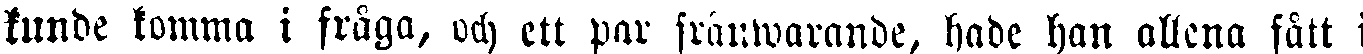
kunde komma i fråga, uch ett par frånwarande, hade han allena fått i